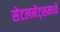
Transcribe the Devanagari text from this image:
सेटलमेंट्‌समध्ये